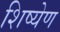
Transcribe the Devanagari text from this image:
शिष्येण